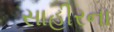
સાહીરના